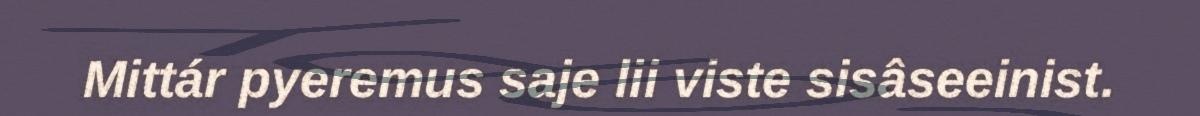
Mittár pyeremus saje lii viste sisâseeinist.